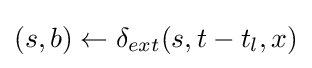
(s,b)\leftarrow \delta _{ext}(s,t-t_{l},x)